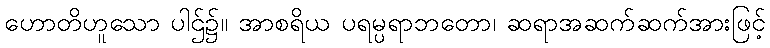
ဟောတိဟူသော ပါဌ်၌။ အာစရိယ ပရမ္ပရာဘတော၊ ဆရာအဆက်ဆက်အားဖြင့်